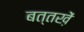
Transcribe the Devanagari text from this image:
बत्तख़ें